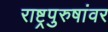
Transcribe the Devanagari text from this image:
राष्ट्रपुरुषांवर